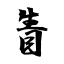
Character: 眚